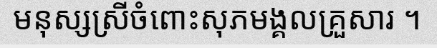
មនុស្សស្រីចំពោះសុភមង្គលគ្រួសារ ។